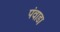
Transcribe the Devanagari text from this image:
पंवाडा